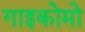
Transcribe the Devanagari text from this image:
गाइकोमो